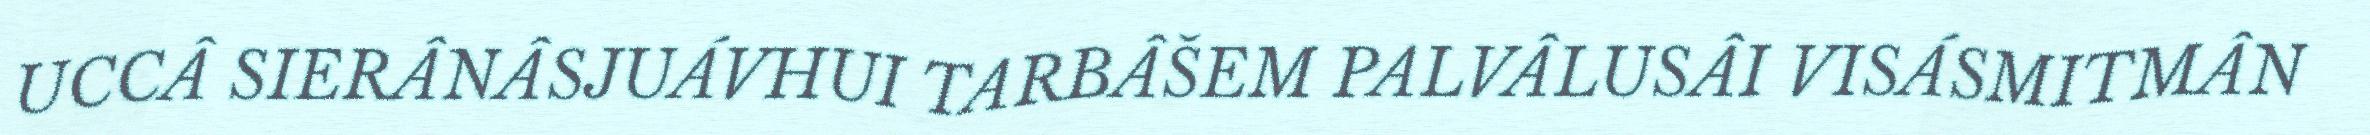
UCCÂ SIERÂNÂSJUÁVHUI TARBÂŠEM PALVÂLUSÂI VISÁSMITMÂN